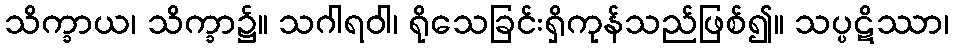
သိက္ခာယ၊ သိက္ခာ၌။ သဂါရဝါ၊ ရိုသေခြင်းရှိကုန်သည်ဖြစ်၍။ သပ္ပဋိဿာ၊